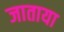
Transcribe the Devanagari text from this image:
जाताया